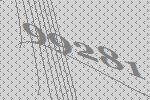
99281